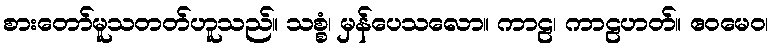
စားတော်မူသတတ်ဟူသည်။ သစ္စံ၊ မှန်ပေသလော။ ကာဠ၊ ကာဠဟတ်။ ဧဝမေဝ၊